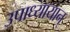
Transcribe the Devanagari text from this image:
उपाध्यायान्‌